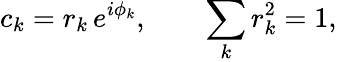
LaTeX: c_{{k}}=r_{k}\, e^{i\phi_{k}},\qquad\sum_{k}r_{k}^{2}=1,